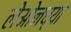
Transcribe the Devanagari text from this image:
लेओनच्या